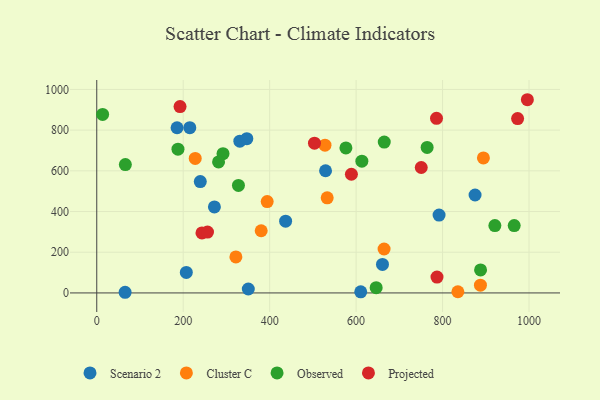
{"axis": {"x": "Engine Size", "y": "Salary"}, "legend": ["Cluster C", "Observed", "Projected", "Scenario 2"], "data": [{"x": "207.2", "y": 100.9, "type": "Scenario 2"}, {"x": "350.6", "y": 19.2, "type": "Scenario 2"}, {"x": "185.8", "y": 811.7, "type": "Scenario 2"}, {"x": "215.3", "y": 812.1, "type": "Scenario 2"}, {"x": "272.2", "y": 422.9, "type": "Scenario 2"}, {"x": "65.6", "y": 3.2, "type": "Scenario 2"}, {"x": "331.0", "y": 746.0, "type": "Scenario 2"}, {"x": "529.3", "y": 600.5, "type": "Scenario 2"}, {"x": "239.5", "y": 547.0, "type": "Scenario 2"}, {"x": "791.9", "y": 382.6, "type": "Scenario 2"}, {"x": "610.7", "y": 5.6, "type": "Scenario 2"}, {"x": "661.0", "y": 140.0, "type": "Scenario 2"}, {"x": "347.2", "y": 757.9, "type": "Scenario 2"}, {"x": "875.2", "y": 481.3, "type": "Scenario 2"}, {"x": "436.9", "y": 352.6, "type": "Scenario 2"}, {"x": "664.7", "y": 216.0, "type": "Cluster C"}, {"x": "321.9", "y": 176.7, "type": "Cluster C"}, {"x": "533.1", "y": 467.6, "type": "Cluster C"}, {"x": "528.0", "y": 726.1, "type": "Cluster C"}, {"x": "380.4", "y": 305.6, "type": "Cluster C"}, {"x": "394.3", "y": 448.9, "type": "Cluster C"}, {"x": "227.8", "y": 660.9, "type": "Cluster C"}, {"x": "835.4", "y": 5.9, "type": "Cluster C"}, {"x": "894.5", "y": 663.3, "type": "Cluster C"}, {"x": "887.6", "y": 38.3, "type": "Cluster C"}, {"x": "613.3", "y": 647.4, "type": "Observed"}, {"x": "764.3", "y": 715.0, "type": "Observed"}, {"x": "292.1", "y": 684.2, "type": "Observed"}, {"x": "665.1", "y": 741.5, "type": "Observed"}, {"x": "576.4", "y": 712.5, "type": "Observed"}, {"x": "921.0", "y": 330.8, "type": "Observed"}, {"x": "187.9", "y": 706.7, "type": "Observed"}, {"x": "281.8", "y": 643.6, "type": "Observed"}, {"x": "66.2", "y": 630.9, "type": "Observed"}, {"x": "13.6", "y": 877.3, "type": "Observed"}, {"x": "965.7", "y": 331.2, "type": "Observed"}, {"x": "646.4", "y": 25.7, "type": "Observed"}, {"x": "887.9", "y": 112.9, "type": "Observed"}, {"x": "327.8", "y": 528.1, "type": "Observed"}, {"x": "996.2", "y": 949.5, "type": "Projected"}, {"x": "787.1", "y": 77.7, "type": "Projected"}, {"x": "589.1", "y": 583.3, "type": "Projected"}, {"x": "243.4", "y": 294.9, "type": "Projected"}, {"x": "786.0", "y": 857.9, "type": "Projected"}, {"x": "256.2", "y": 298.9, "type": "Projected"}, {"x": "973.6", "y": 857.1, "type": "Projected"}, {"x": "192.7", "y": 916.0, "type": "Projected"}, {"x": "503.7", "y": 736.2, "type": "Projected"}, {"x": "750.7", "y": 616.5, "type": "Projected"}]}